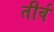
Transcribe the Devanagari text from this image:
तीर्व